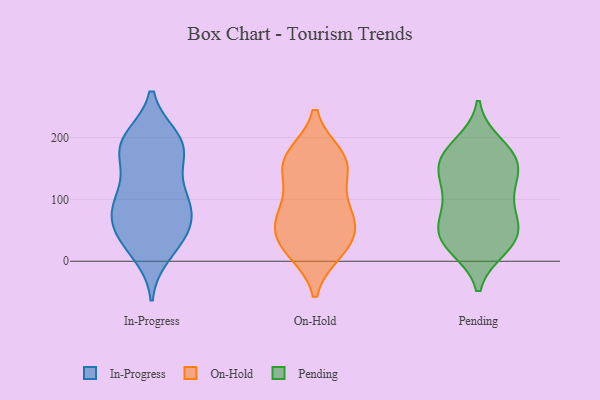
{"axis": {"x": "Latency (ms)", "y": "Value"}, "legend": ["In-Progress", "On-Hold", "Pending"], "data": [{"x": "", "y": 70, "type": "In-Progress"}, {"x": "", "y": 168, "type": "In-Progress"}, {"x": "", "y": 60, "type": "In-Progress"}, {"x": "", "y": 51, "type": "In-Progress"}, {"x": "", "y": 196, "type": "In-Progress"}, {"x": "", "y": 192, "type": "In-Progress"}, {"x": "", "y": 114, "type": "In-Progress"}, {"x": "", "y": 92, "type": "In-Progress"}, {"x": "", "y": 23, "type": "In-Progress"}, {"x": "", "y": 199, "type": "In-Progress"}, {"x": "", "y": 54, "type": "In-Progress"}, {"x": "", "y": 194, "type": "In-Progress"}, {"x": "", "y": 96, "type": "In-Progress"}, {"x": "", "y": 38, "type": "In-Progress"}, {"x": "", "y": 12, "type": "In-Progress"}, {"x": "", "y": 165, "type": "In-Progress"}, {"x": "", "y": 177, "type": "In-Progress"}, {"x": "", "y": 95, "type": "In-Progress"}, {"x": "", "y": 107, "type": "In-Progress"}, {"x": "", "y": 154, "type": "On-Hold"}, {"x": "", "y": 27, "type": "On-Hold"}, {"x": "", "y": 78, "type": "On-Hold"}, {"x": "", "y": 157, "type": "On-Hold"}, {"x": "", "y": 169, "type": "On-Hold"}, {"x": "", "y": 46, "type": "On-Hold"}, {"x": "", "y": 85, "type": "On-Hold"}, {"x": "", "y": 78, "type": "On-Hold"}, {"x": "", "y": 141, "type": "On-Hold"}, {"x": "", "y": 56, "type": "On-Hold"}, {"x": "", "y": 17, "type": "On-Hold"}, {"x": "", "y": 170, "type": "On-Hold"}, {"x": "", "y": 20, "type": "On-Hold"}, {"x": "", "y": 52, "type": "Pending"}, {"x": "", "y": 188, "type": "Pending"}, {"x": "", "y": 172, "type": "Pending"}, {"x": "", "y": 31, "type": "Pending"}, {"x": "", "y": 170, "type": "Pending"}, {"x": "", "y": 23, "type": "Pending"}, {"x": "", "y": 96, "type": "Pending"}, {"x": "", "y": 34, "type": "Pending"}, {"x": "", "y": 124, "type": "Pending"}, {"x": "", "y": 152, "type": "Pending"}, {"x": "", "y": 69, "type": "Pending"}, {"x": "", "y": 63, "type": "Pending"}, {"x": "", "y": 162, "type": "Pending"}, {"x": "", "y": 34, "type": "Pending"}, {"x": "", "y": 148, "type": "Pending"}, {"x": "", "y": 113, "type": "Pending"}]}